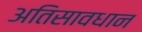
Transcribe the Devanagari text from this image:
अतिसावधान